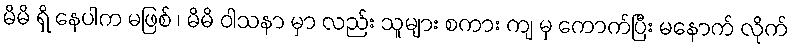
မိမိ ရှိ နေပါက မဖြစ် ၊ မိမိ ဝါသနာ မှာ လည်း သူများ စကား ကျ မှ ကောက်ပြီး မနောက် လိုက်